Civil Veterinary Department Bihar reports 1940-50 - 1940-1950
Year: 1940
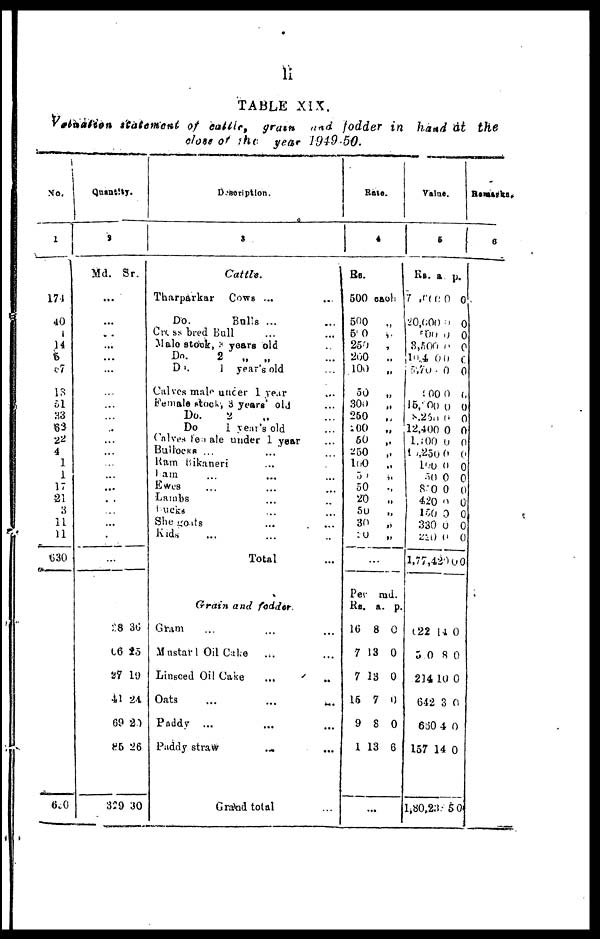
li
TABLE XIX.
Vatuation statement of cattle, gram and fodder in hand at the
close of the year 1949-50.
No.
1
174
40
1
14
5
87
13
51
33
63
22
4
1
1
17
21
3
11
11
630
620
Quant
ity.
2
Md.
...
…
…
…
…
...
…
…
…
…
…
…
…
…
…
..
…
…
…
…
28
66
27
41
69
25
329
Sr.
36
15
19
24
20
26
30
Description.
3
Cattle.
Tharparkar
Cows ... …
Do.
Bulls ... …
Cross bred Bull … …
Male stock, 3 years old …
Do.
2 „ „ …
Do.
1 year's old …
Calves male under 1 year …
Female stock, 3 years' old …
Do. 2 .. …
Do
1 year's old …
Calves female under 1 year …
Bullocks ... … …
Ram Bikaneri …
Ram … … …
Ewes … … …
Lambs … …
bucks … …
She goats … …
Kids … … …
Total …
Grain and fodder.
Gram … … …
Mustar Oil Cake … …
Linseed Oil Cake … …
Oats
...
... …
Paddy ... … …
Paddy straw … …
Grand total …
Ra
te.
4
Rs.
500
500
500
250
200
100
50
300
250
200
50
250
100
50
50
20
50
30
50
…
Per
Rs.
16
7
7
15
9
1
.
each.
„
„
„
„
„
„
„
„
„
„
„
„
„
„
„
„
„
„
md.
a.
8
13
13
7
8
13
..
p.
0
0
0
0
0
6
Value
.
5
Rs.
7 ,66 0
20,000
500
3,500
104 0
5,70
900
15, 00
8,250
12,400
l,100
1 ,250
100
50
820
420
150
330
220
1,77,420
622
5.0
214
642
660
157
l,80,238
a.
0
0
0
0
0
0
0
0
0
0
0
0
0
0
0
0
0
0
0
0
14
8
10
3
4
14
5
p.
0
0
0
0
0
0
0
0
0
0
0
0
0
0
0
0
0
0
0
0
0
0
0
0
0
0
0
Remarks.
6